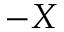
- X